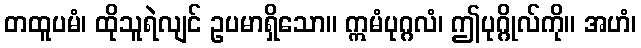
တထူပမံ၊ ထိုသူရဲလျင် ဥပမာရှိသော။ ဣမံပုဂ္ဂလံ၊ ဤပုဂ္ဂိုလ်ကို။ အဟံ၊